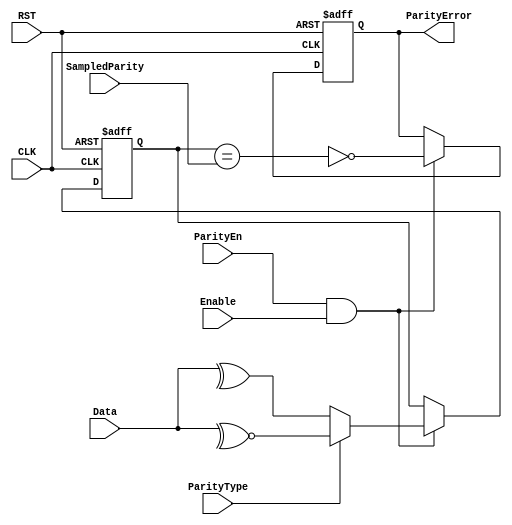
module ParityCheck (
    input  wire       CLK,
    input  wire       RST,
    input  wire       Enable,
    input  wire       ParityEn,
    input  wire [7:0] Data,
    input  wire       ParityType,
    input  wire       SampledParity,
    output reg        ParityError
);

reg CalculatedParity;

always @(posedge CLK or negedge RST) begin
  if(!RST) begin
    ParityError <= 'b0;
    CalculatedParity <= 'b0;
  end

  else if (ParityEn & Enable) begin
  //Even
    if (ParityType =='b0) begin
      CalculatedParity <= ^Data;
      ParityError <= ~(CalculatedParity == SampledParity);
    end
  //Odd
    else begin
      CalculatedParity <= ~^Data;
      ParityError <= ~(CalculatedParity == SampledParity);
    end
  end
end  




endmodule